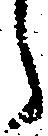
う